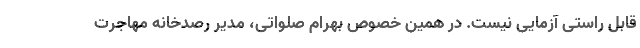
قابل راستی آزمایی نیست. در همین خصوص بهرام صلواتی، مدیر رصدخانه مهاجرت